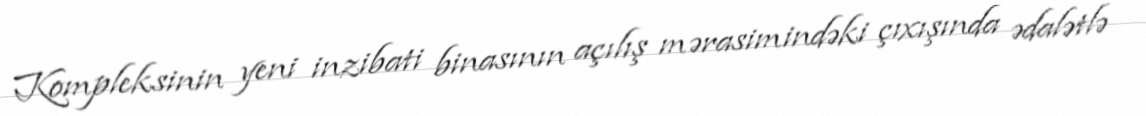
Kompleksinin yeni inzibati binasının açılış mərasimindəki çıxışında ədalətlə